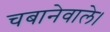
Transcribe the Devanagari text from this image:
चबानेवाले।